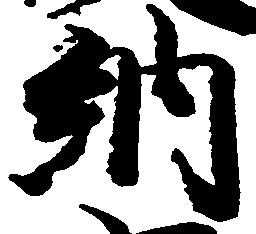
納